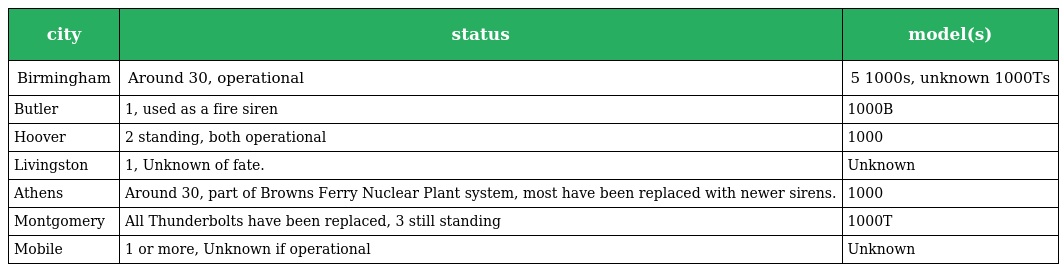
| city | status | model(s) |
 | --- | --- | --- |
 | Birmingham | Around 30, operational | 5 1000s, unknown 1000Ts |
 | Butler | 1, used as a fire siren | 1000B |
 | Hoover | 2 standing, both operational | 1000 |
 | Livingston | 1, Unknown of fate. | Unknown |
 | Athens | Around 30, part of Browns Ferry Nuclear Plant system, most have been replaced with newer sirens. | 1000 |
 | Montgomery | All Thunderbolts have been replaced, 3 still standing | 1000T |
 | Mobile | 1 or more, Unknown if operational | Unknown |